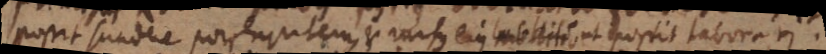
possit scindere porphyritem, et rursus ejus mollitio ut possit laborari.